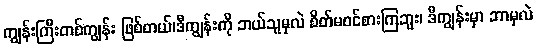
ကျွန်းကြီးတစ်ကျွန်း ဖြစ်တယ်၊ဒီကျွန်းကို ဘယ်သူမှလဲ စိတ်မဝင်စားကြဘူး၊ ဒီကျွန်းမှာ ဘာမှလဲ